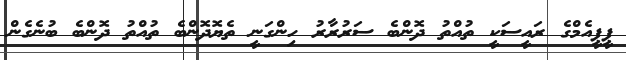
ޕީޕީއެމްގެ ރައީސަކީ ތުއްތު ދޮންބެ ސަރުރާރު ހިންގަނީ ތެޔޮދޮންބެ ތުއްތު ދޮންްބެ ބުނެގެން